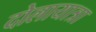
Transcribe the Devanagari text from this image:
दोलायात्रा